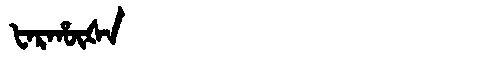
Manchu: ᡶᠠᡵᡥᡡᡧᠠ
Romanization: FARHŪŠA